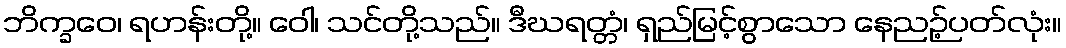
ဘိက္ခဝေ၊ ရဟန်းတို့။ ဝေါ၊ သင်တို့သည်။ ဒီဃရတ္တံ၊ ရှည်မြင့်စွာသော နေညဉ့်ပတ်လုံး။